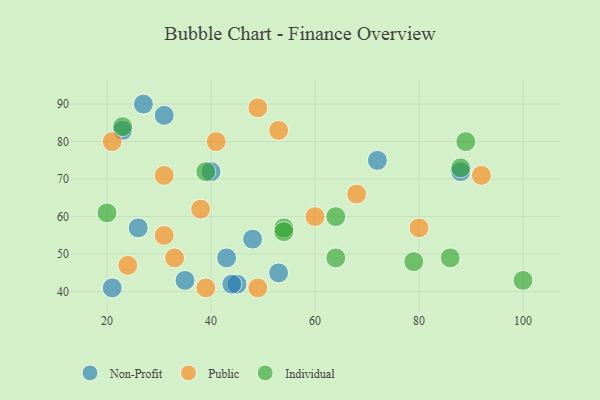
{"axis": {"x": "GDP", "y": "Life Expectancy"}, "legend": ["Individual", "Non-Profit", "Public"], "data": [{"x": "45", "y": 42, "type": "Non-Profit"}, {"x": "23", "y": 83, "type": "Non-Profit"}, {"x": "21", "y": 41, "type": "Non-Profit"}, {"x": "40", "y": 72, "type": "Non-Profit"}, {"x": "31", "y": 87, "type": "Non-Profit"}, {"x": "35", "y": 43, "type": "Non-Profit"}, {"x": "48", "y": 54, "type": "Non-Profit"}, {"x": "72", "y": 75, "type": "Non-Profit"}, {"x": "53", "y": 45, "type": "Non-Profit"}, {"x": "43", "y": 49, "type": "Non-Profit"}, {"x": "26", "y": 57, "type": "Non-Profit"}, {"x": "88", "y": 72, "type": "Non-Profit"}, {"x": "27", "y": 90, "type": "Non-Profit"}, {"x": "44", "y": 42, "type": "Non-Profit"}, {"x": "92", "y": 71, "type": "Public"}, {"x": "33", "y": 49, "type": "Public"}, {"x": "31", "y": 55, "type": "Public"}, {"x": "41", "y": 80, "type": "Public"}, {"x": "53", "y": 83, "type": "Public"}, {"x": "68", "y": 66, "type": "Public"}, {"x": "21", "y": 80, "type": "Public"}, {"x": "60", "y": 60, "type": "Public"}, {"x": "80", "y": 57, "type": "Public"}, {"x": "31", "y": 71, "type": "Public"}, {"x": "49", "y": 41, "type": "Public"}, {"x": "38", "y": 62, "type": "Public"}, {"x": "39", "y": 41, "type": "Public"}, {"x": "24", "y": 47, "type": "Public"}, {"x": "49", "y": 89, "type": "Public"}, {"x": "64", "y": 49, "type": "Individual"}, {"x": "88", "y": 73, "type": "Individual"}, {"x": "79", "y": 48, "type": "Individual"}, {"x": "39", "y": 72, "type": "Individual"}, {"x": "64", "y": 60, "type": "Individual"}, {"x": "86", "y": 49, "type": "Individual"}, {"x": "54", "y": 57, "type": "Individual"}, {"x": "89", "y": 80, "type": "Individual"}, {"x": "20", "y": 61, "type": "Individual"}, {"x": "23", "y": 84, "type": "Individual"}, {"x": "100", "y": 43, "type": "Individual"}, {"x": "54", "y": 56, "type": "Individual"}]}